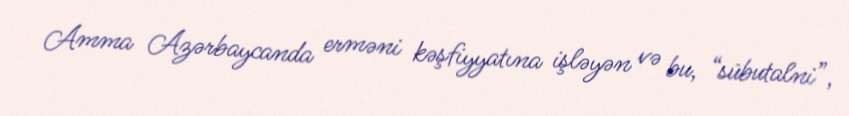
Amma Azərbaycanda erməni kəşfiyyatına işləyən və bu, “sübutalni”,